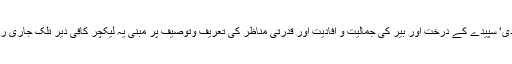
پکورہ کے موسم ‘ بہتے پانیوں کا شور‘ کالے پتھر‘ پہاڑوں پر جمی برف کی سفیدی‘ سپیدے کے درخت اور بیر کی جمالیت و افادیت اور قدرتی مناظر کی تعریف وتوصیف پر مبنی یہ لیکچر کافی دیر تلک جاری رہا‘ شاید انہوں نے مجھے بی ایس سی سال اول کا نیانیا اسٹوڈنٹ خیال کیا تھا‘ چلو!